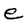
Character: e